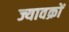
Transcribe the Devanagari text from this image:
ज्यावक्रों